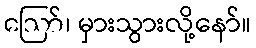
ဪ၊ မှားသွားလို့နော်။